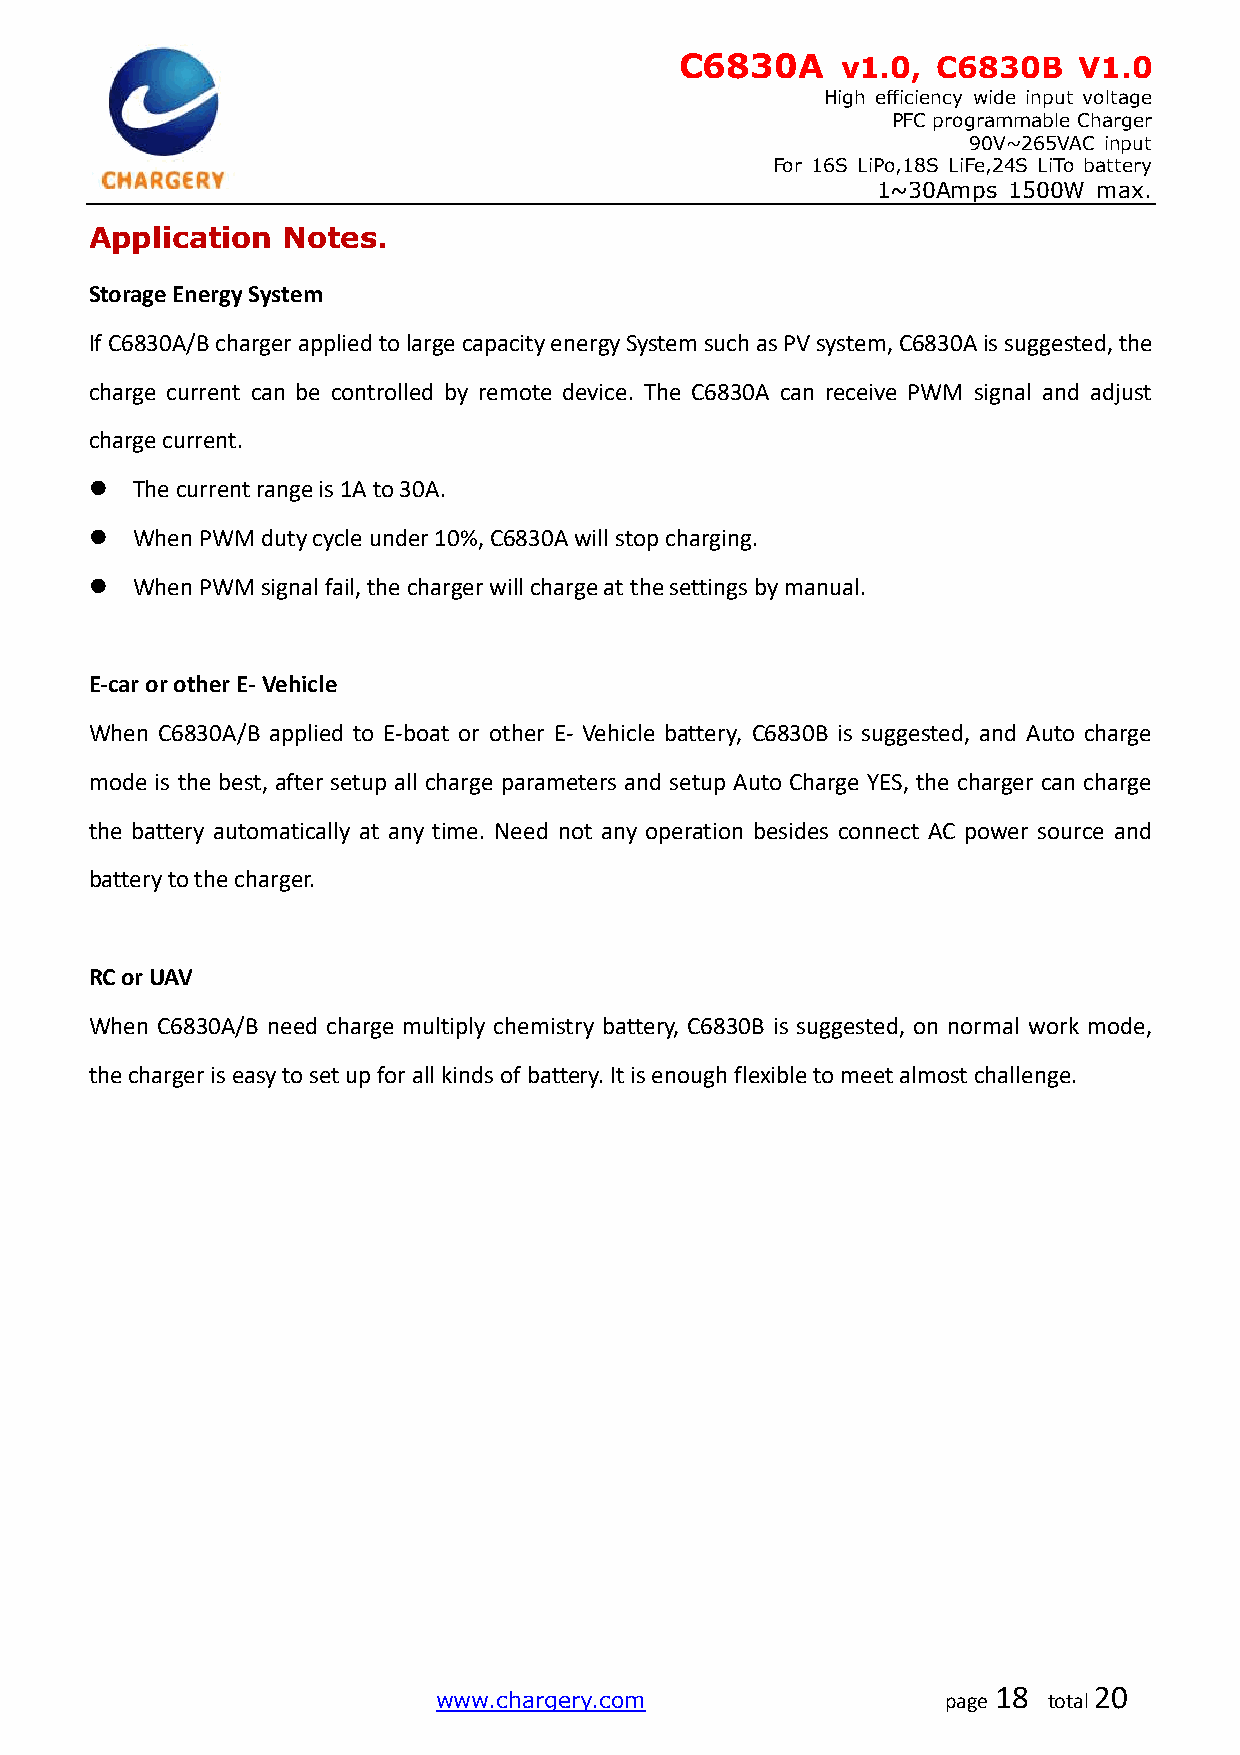
C6830A     v1.0, C6830B   V1.0
 High efficiency wide input voltage
 PFC programmable Charger
 90V~265VAC input
 For 16S LiPo,18S LiFe,24S LiTo battery
 1~30Amps 1500W max.
 Application  Notes.
 Storage Energy System
 If C6830A/B charger applied to large capacity energy System such as PV system, C6830A is suggested, the
 charge current can be controlled by remote device. The C6830A can receive PWM signal and adjust
 charge current.
   The current range is 1A to 30A.
   When PWM duty cycle under 10%, C6830A will stop charging.
   When PWM signal fail, the charger will charge at the settings by manual.
 E-car or other E- Vehicle
 When C6830A/B applied to E-boat or other E- Vehicle battery, C6830B is suggested, and Auto charge
 mode is the best, after setup all charge parameters and setup Auto Charge YES, the charger can charge
 the battery automatically at any time. Need not any operation besides connect AC power source and
 battery to the charger.
 RC or UAV
 When C6830A/B need charge multiply chemistry battery, C6830B is suggested, on normal work mode,
 the charger is easy to set up for all kinds of battery. It is enough flexible to meet almost challenge.
 www.chargery.com                  page
 18
 total
 20